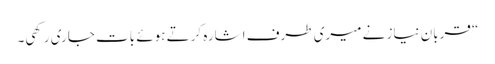
“ قربان نیاز نے میری طرف اشارہ کرتے ہوئے بات جاری رکھی۔